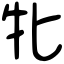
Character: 牝